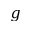
g